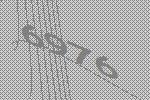
6976